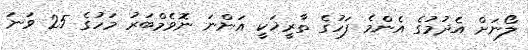
ލޯނަށް އެދުމުގެ އެންމެ ފަހުގެ ތާރީޚަކީ އަންނަ ނޮވެމްބަރު މަހުގެ 25 ވަނަ